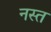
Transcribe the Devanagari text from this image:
नस्त